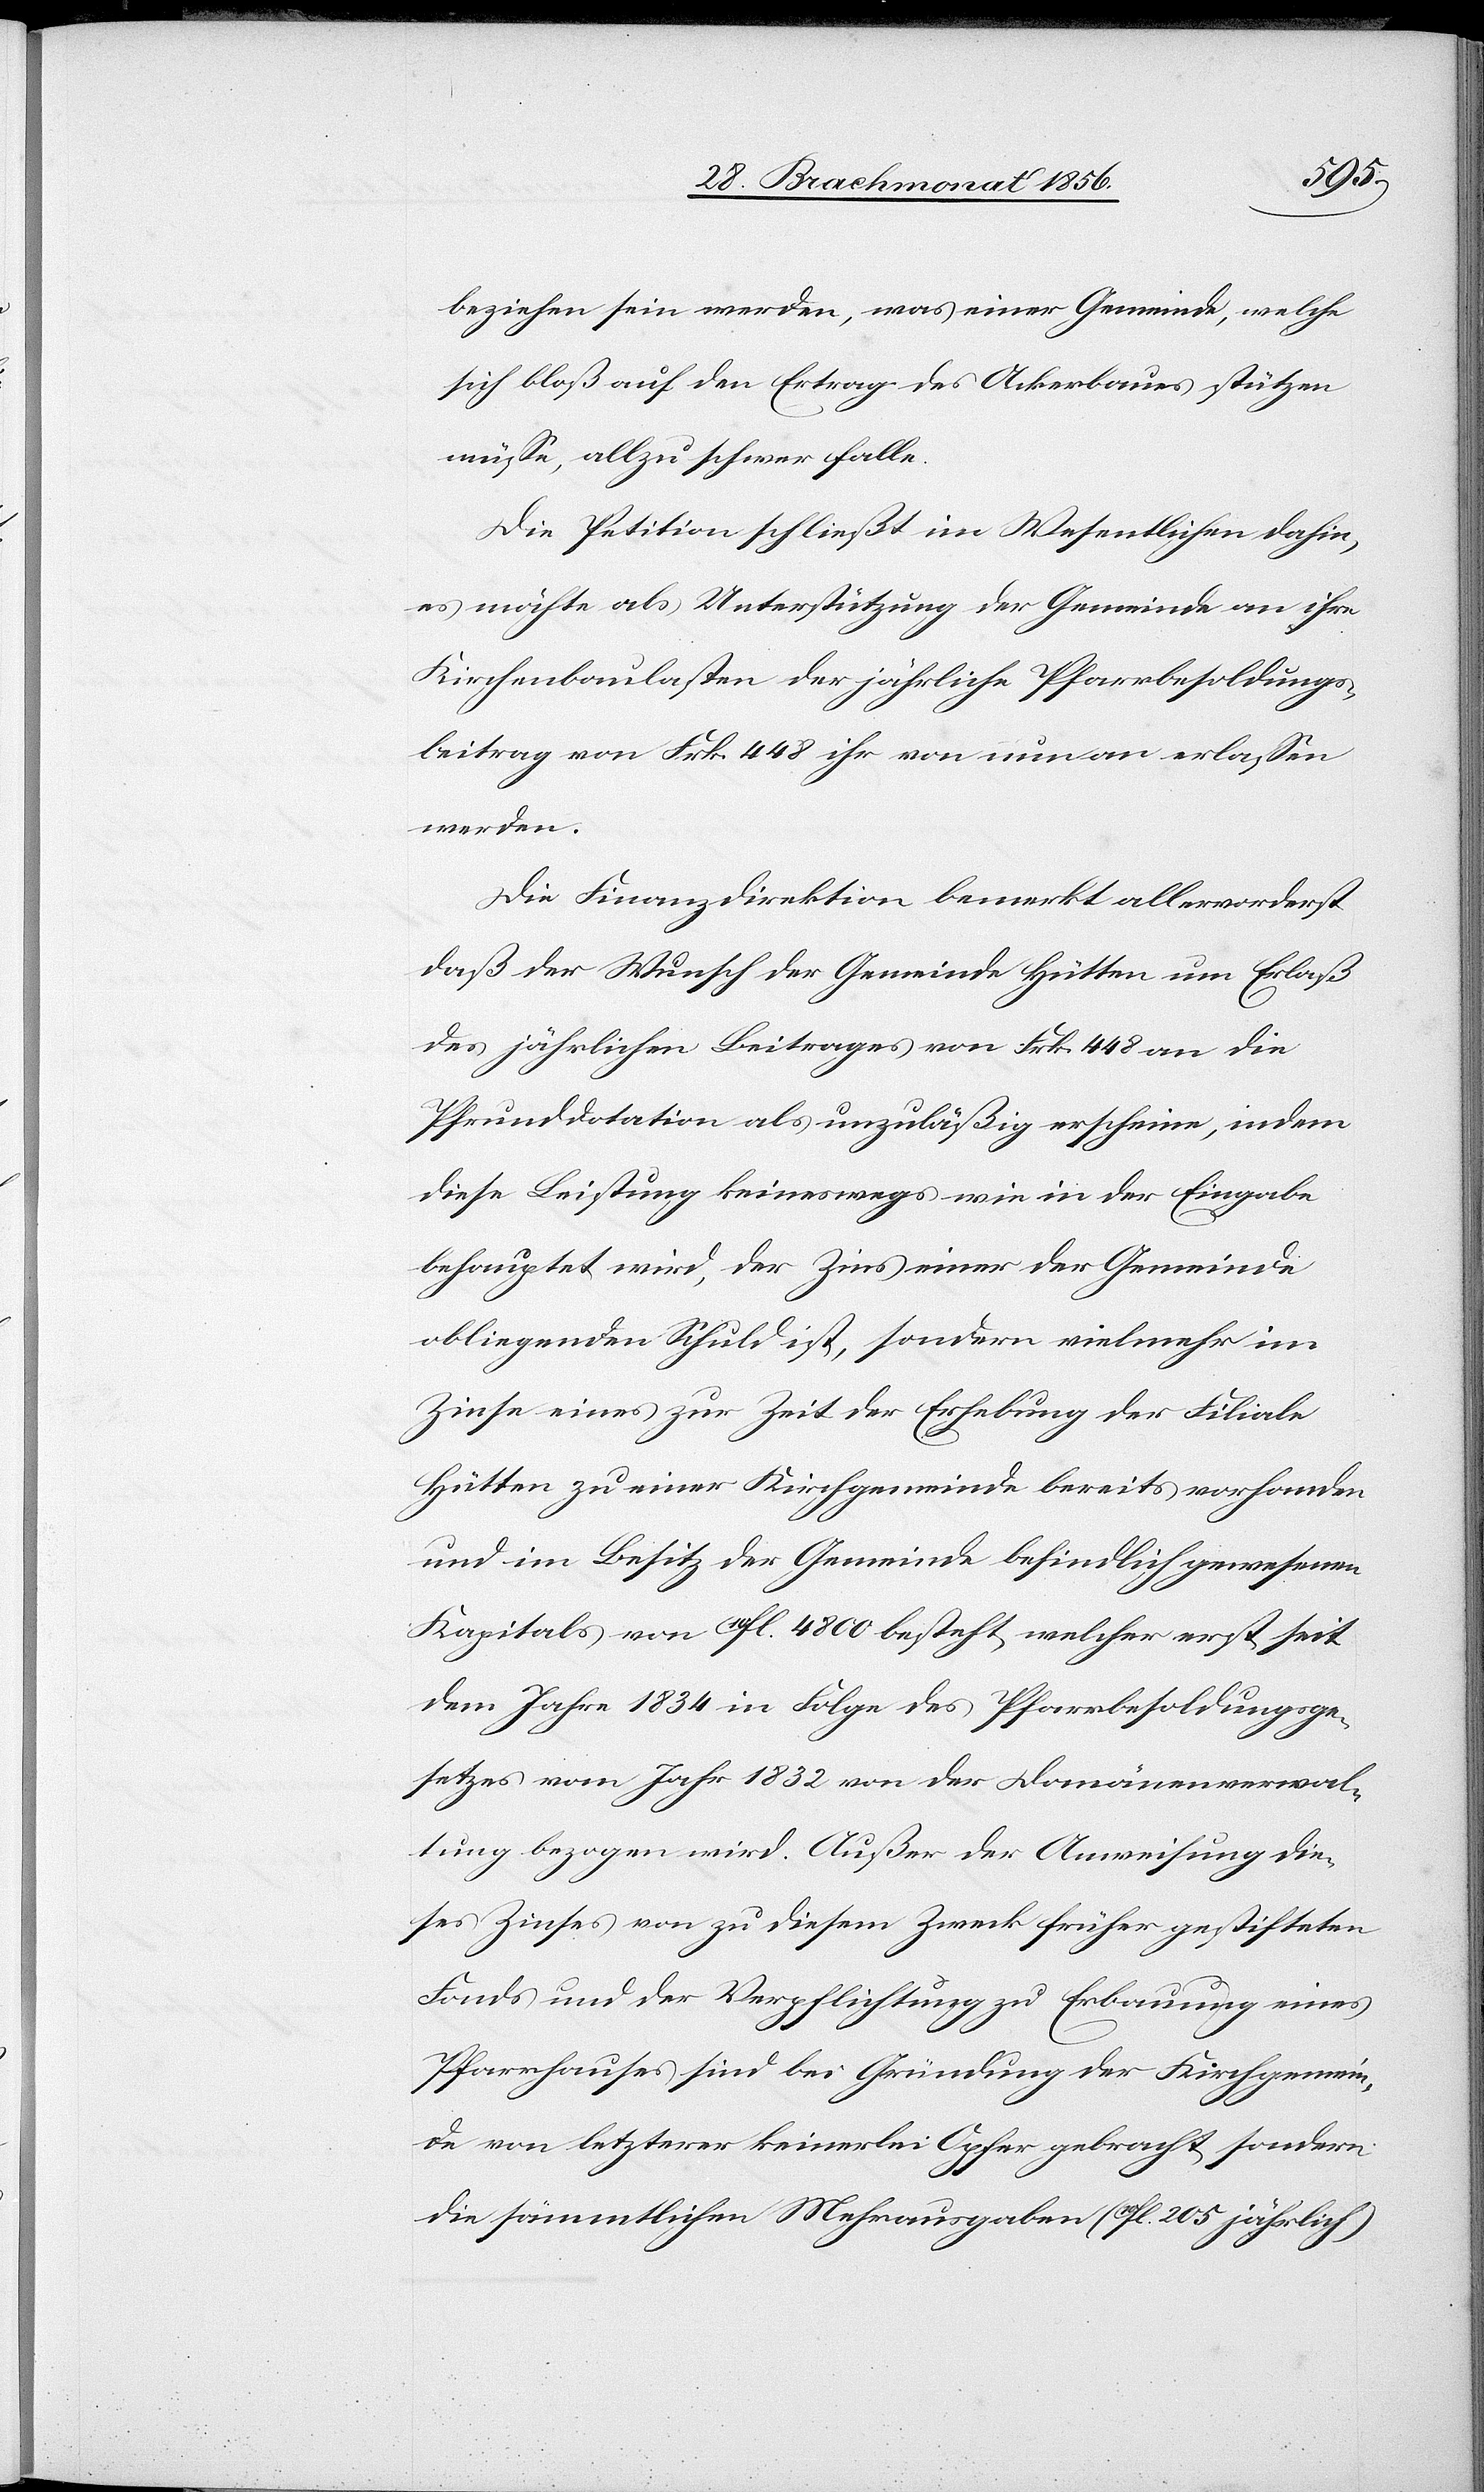
beziehen sein werden, was einer Gemeinde, welche
sich bloß auf den Ertrag des Ackerbaues stützen
müsse, allzu schwer falle.
Die Petition schließt im Wesentlichen dahin,
es möchte als Unterstützung der Gemeinde an ihre
Kirchenbaulasten der jährliche Pfarrbesoldungs¬
beitrag von Frk. 448 ihr von nun an erlassen
werden.
Die Finanzdirektion bemerkt allervorderst
daß der Wunsch der Gemeinde Hütten um Erlaß
des jährlichen Beitrages von Frk. 448 an die
Pfrunddotation als unzuläßig erscheine, indem
diese Leistung keineswegs wie in der Eingabe
behauptet wird, der Zins einer der Gemeinde
obliegenden Schuld ist, sondern vielmehr im
Zinse eines zur Zeit der Erhebung der Filiale
Hütten zu einer Kirchgemeinde bereits vorhanden
und im Besitz der Gemeinde befindlich gewesenen
Kapitals von 10fl. 4800 besteht, welcher erst seit
dem Jahre 1834 in Folge des Pfarrbesoldungsge¬
setzes vom Jahr 1832 von der Domänenverwal¬
tung bezogen wird. Außer der Anweisung die¬
ses Zinses von zu diesem Zweck früher gestifteten
Fonds und der Verpflichtung zu Erbauung eines
Pfarrhauses sind bei Gründung der Kirchgemein¬
de von letzterer keinerlei Opfer gebracht sondern
die sämmtlichen Mehrausgaben (10fl. 205 jährlich)